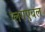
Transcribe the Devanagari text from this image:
प्लगएबल